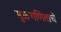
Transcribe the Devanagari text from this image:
मुळगणिताचे